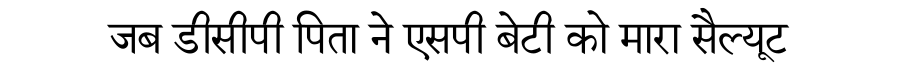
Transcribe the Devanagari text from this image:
जब डीसीपी पिता ने एसपी बेटी को मारा सैल्यूट